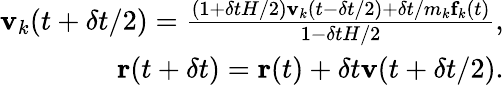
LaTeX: \begin{array}{r}{\textbf{v}_{k}(t+\delta t/2)=\frac{(1+\delta tH/2)\textbf{v}_{k}(t-\delta t/2)+\delta t/m_{k}\textbf{f}_{k}(t)}{1-\delta tH/2},}\\ {\textbf{r}(t+\delta t)=\textbf{r}(t)+\delta t\textbf{v}(t+\delta t/2).}\end{array}